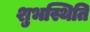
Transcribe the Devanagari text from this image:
शुभस्थिति